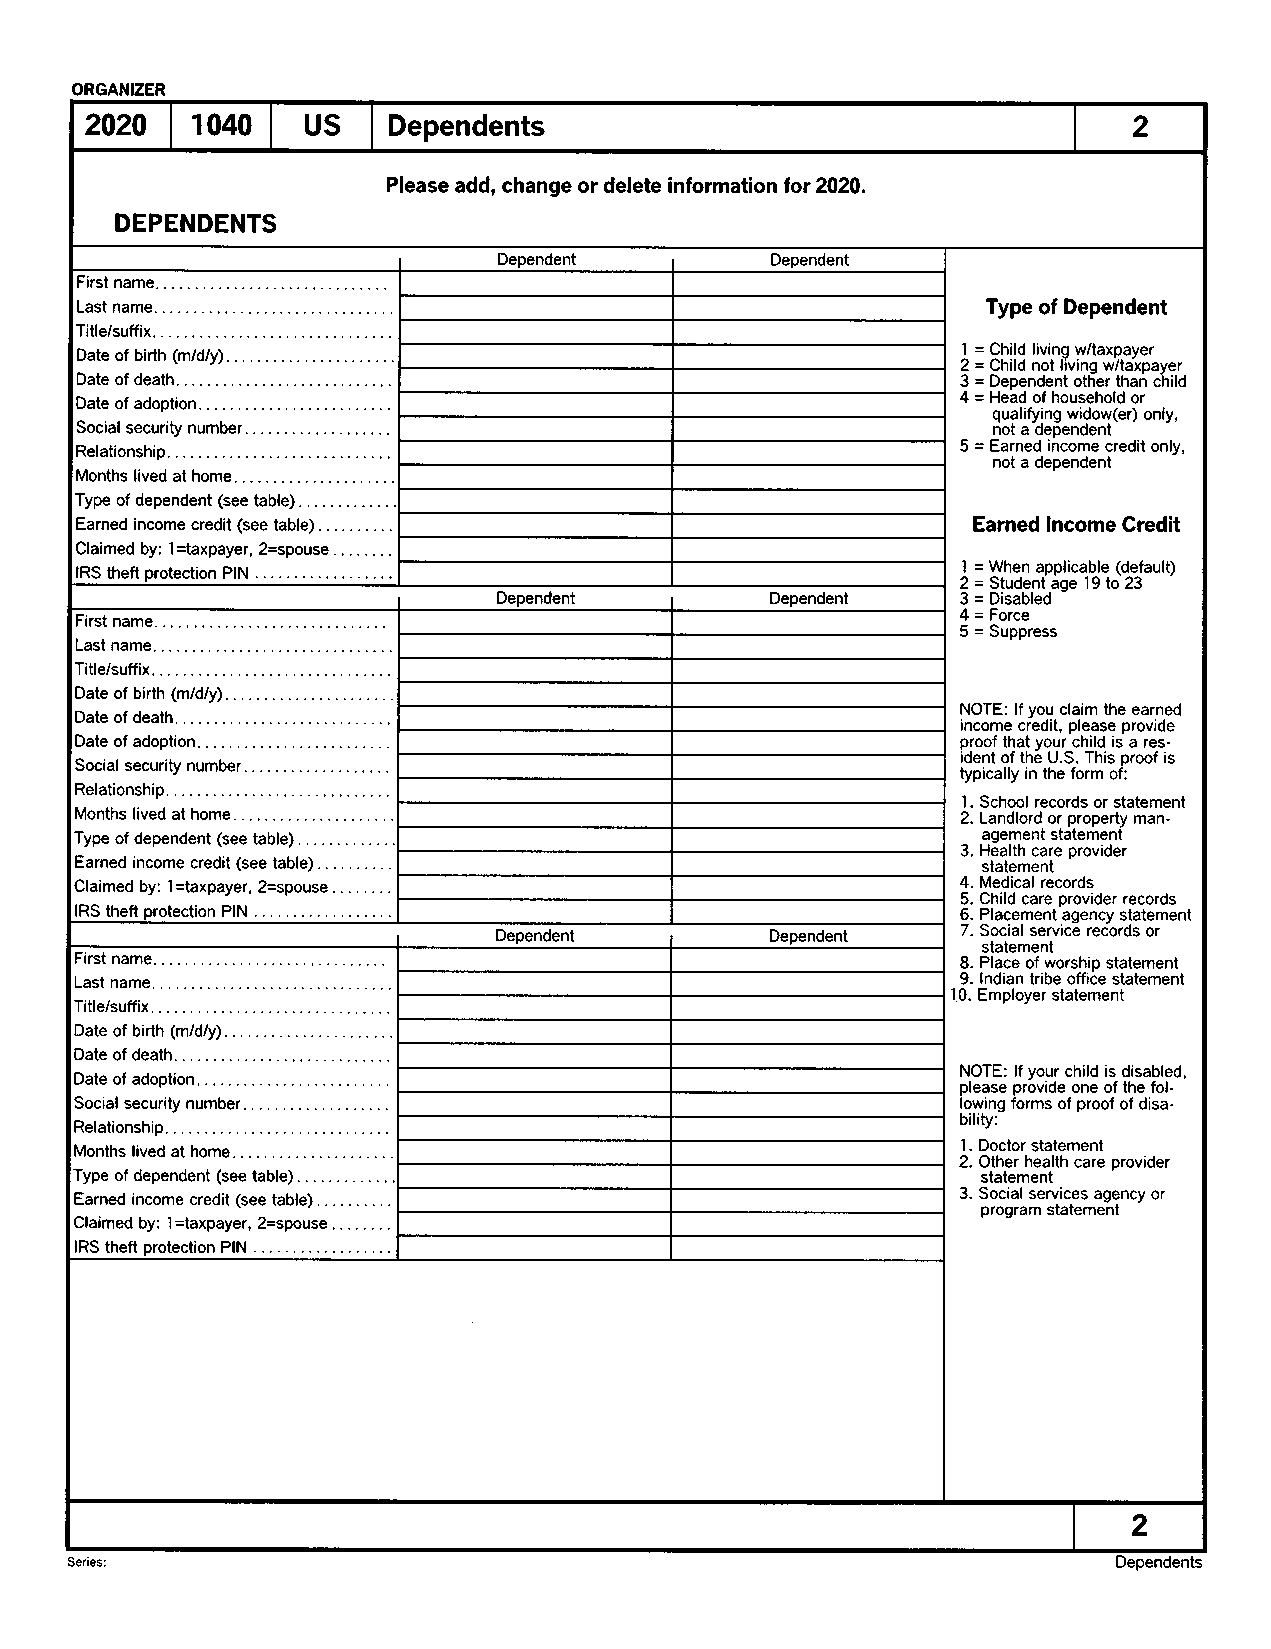
ORGANIZER
 2020   1040   US    Dependents                                       2
 Please add, change or delete information for 2020,
 DEPENDENTS
 Dependent
 Dependent
 I                 I
 First name
 Last name                                                   Type of Dependent
 Date of birth (mldly). . ,                                 2I = = CC hh ii ll dd nliv oi tn g liv w in/ gta wxp /ta ay xe pr ayer
 Date of death                                              3 = Dependent other than child
 Date of adoption.                                          4 = Head of household or
 qualifying widow(er) only,
 Social security number                                       not a dependent
 Relationship                                               5 = Earned income credit only,
 not a dependent
 Months lived at home.
 .
 of dependent (see table)
 income credit (see table) . .                          Earned Income Credit
 by: 1 =taxp6yer, 2=spouse                              l=
 IRS theft PIN                                              l= When applicable (default)
 Student age 19 to 23
 r      Dependent  r      Dependent    J= Disabled
 First name                                                 Q,= Force
 $= Suppress
 Last name
 Title/suffix. . .
 Date of birth (mldly)
 NOTE: lf you claim the earned
 Date of death
 income credit, please provide
 Date of adoption.                                          proof that your child is a res-
 ident of the U.S. This proof is
 Social security number
 typically in the form of:
 Relationship
 1. School records or statement
 Months lived at home                                       2. Landlord or property man-
 Type of dependent (see table) . . . .                      3. Hag ee am lthe n ct a rs et a pte rom ve idn et r
 Earned income credit (see table) . .                        statement
 Claimed by: I =taxpayer, 2=spouse                          4. Medical records
 5. Child care provider records
 IRS theft PIN                                              6. Placement agency statement
 I      Dependent  r      Dependent    7. Social service records or
 statement
 First name                                                 8. Place of worship statement
 Last name                                                  9. lndian tribe office statement
 10. Employer statement
 Date of birth (mldly). . ,
 Date of death
 NOTE: lf your child is disabled,
 Date of adoption.
 please provide one of the fol-
 Social security number                                     lowing forms of proof of disa-
 bility:
 Relationship
 Months lived at home.                                      1. Doctor statement
 ,                                               2. Other health care provider
 of dependent (see table)                                 statement
 Earned income credit (see table)                           3. Social services agency or
 program statement
 by: I =taxpayer, 2=spouse
 IRS theft PIN
 2
 Series: